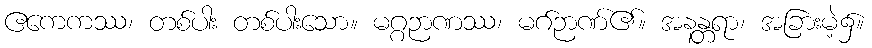
ဧကေကဿ၊ တစ်ပါး တစ်ပါးသော။ မဂ္ဂဉာဏဿ၊ မဂ်ဉာဏ်၏။ အနန္တရာ၊ အခြားမဲ့၌။